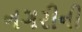
નગરીની